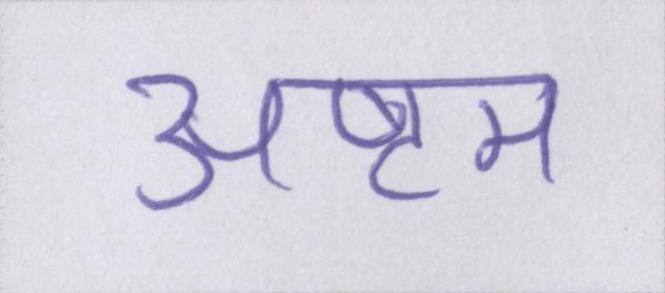
अष्टम